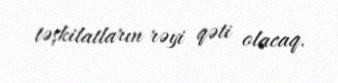
təşkilatların rəyi qəti olacaq.